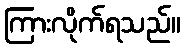
ကြားလိုက်ရသည်။